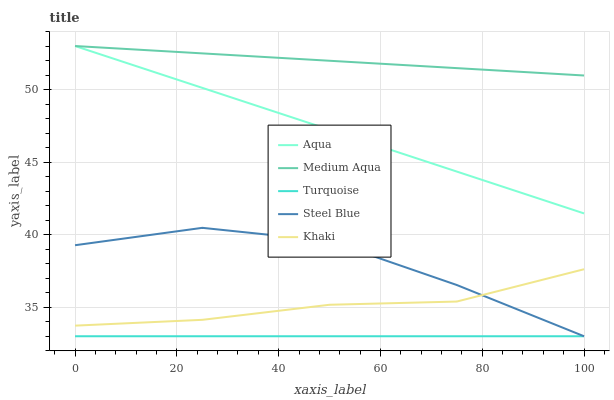
| xaxis_label | Aqua | Medium Aqua | Turquoise | Steel Blue | Khaki |
 | --- | --- | --- | --- | --- | --- |
 | 0 | 53 | 53 | 33 | 39.3 | 33.7 |
 | 25 | 50.1 | 52.5 | 33 | 40.5 | 34.1 |
 | 50 | 47.2 | 52 | 33 | 39.6 | 35.2 |
 | 75 | 44.3 | 51.5 | 33 | 36.5 | 35.4 |
 | 100 | 41.5 | 51 | 33 | 33 | 37.6 |